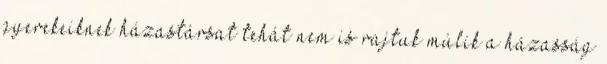
gyerekeiknek házastársat tehát nem is rajtuk múlik a házasság